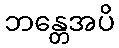
ဘန္တေအပိ